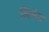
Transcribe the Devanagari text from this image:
खिलेगा